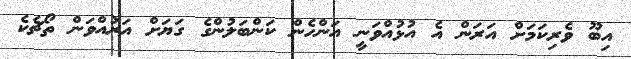
އިބޫ ވެރިކަމަށް އަރަން އެ އުޅުއްވަނީ އަންހެން ކަންބަލުންގެ ގަޔަށް އަރުއްވަން ތޯޗެކެ